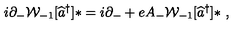
i \partial _ { - } { \cal W } _ { - 1 } [ \widehat { a } ^ { \dag } ] \ast = i \partial _ { - } + e A _ { - } { \cal W } _ { - 1 } [ \widehat { a } ^ { \dag } ] \ast \ ,